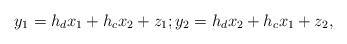
LaTeX: \begin{align*} y_1 = h_{d}x_{1} + h_{c}x_2 + z_{1}; y_2 = h_{d}x_{2} + h_{c}x_1 + z_{2}, \end{align*}